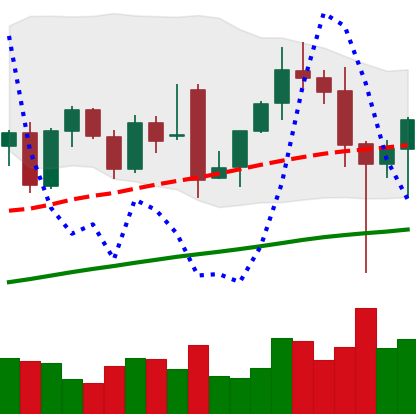
Ticker: ETH-USD
Chart end date: 2021-12-06
Forward return: -6.293%
Label: down_5_7